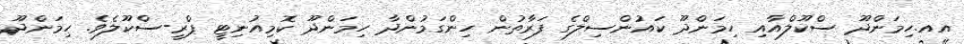
އއ.ހިމަންދޫ ސްކޫލްއާއި ހިމަންދޫ ކައުންސިލްގެ ފަރާތުން ހިންގަމުންދާ ހިމަންދޫ ކޮމިއުނިޓީ ޕްރީ-ސްކޫލެވެ. ހިމަންދޫ